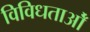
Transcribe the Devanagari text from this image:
विविधताओँ